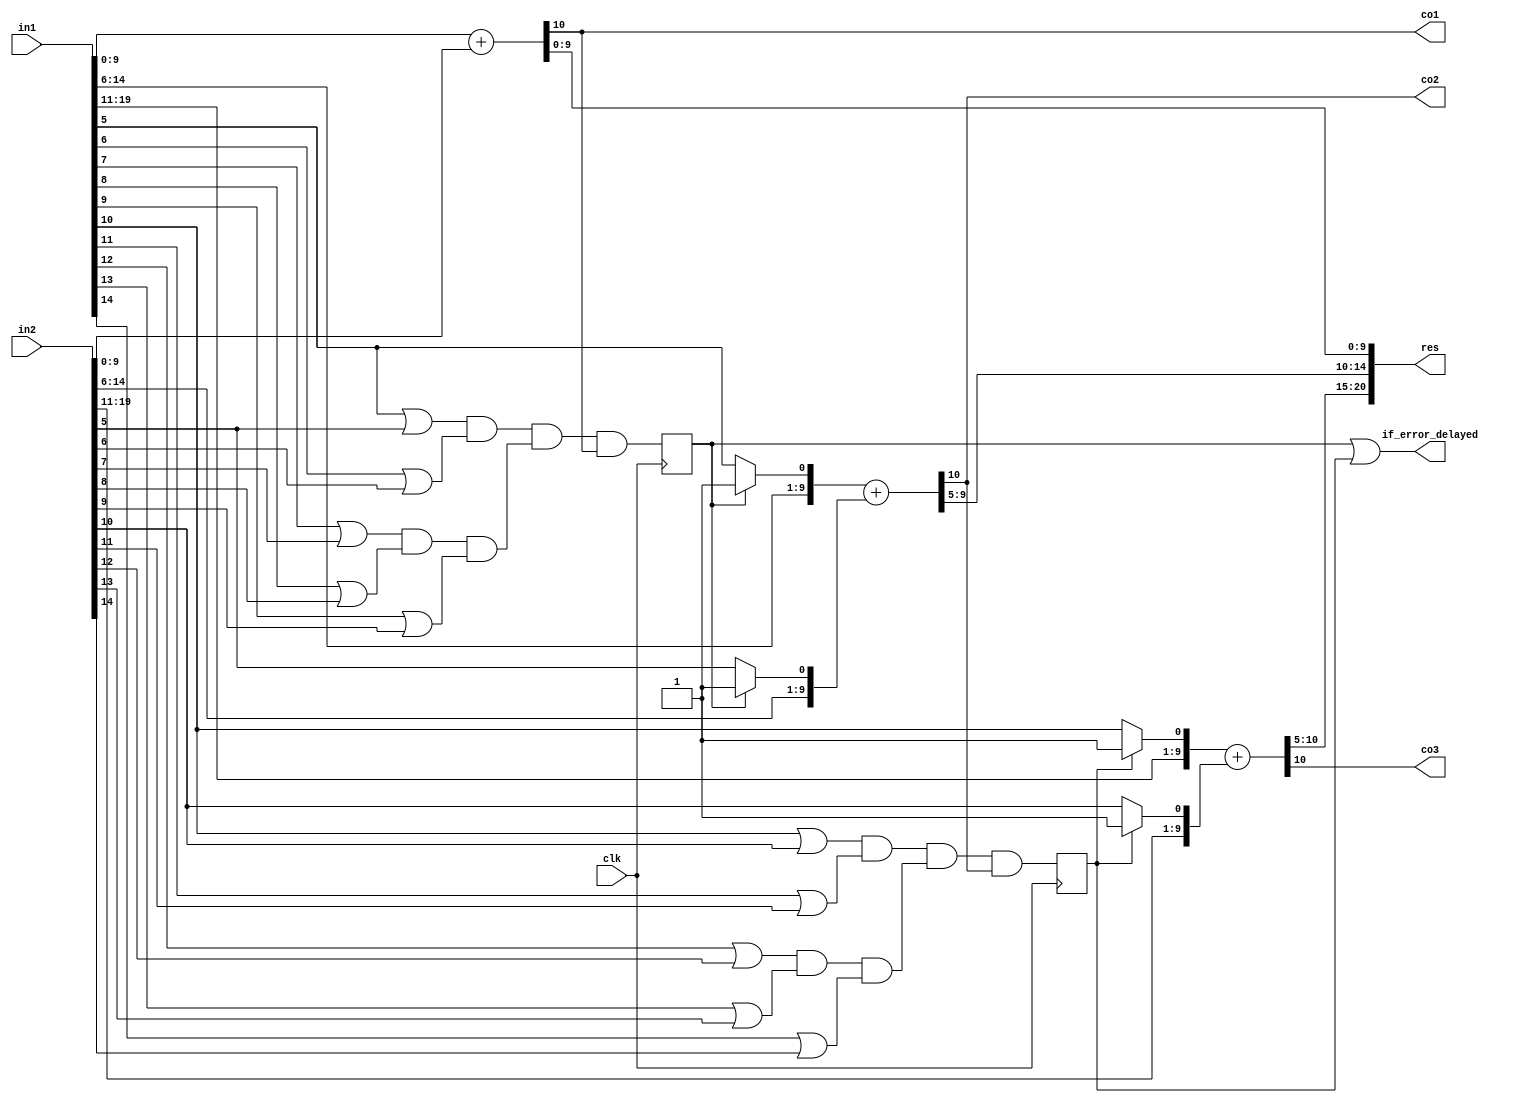
module GeAr_N20_R5_P5_with_recovery(
	input 		       clk,
    input  		[19:0] in1,
    input  		[19:0] in2,
    output reg  [20:0] res,
	output  		   if_error_delayed,
	output reg		   co1,
	output reg		   co2,
	output reg		   co3
    );

reg if_error_delayed_1, if_error_delayed_2;
wire cp2,cp3,if_error,if_error_1,if_error_2;
wire p5,p6,p7,p8,p9,p5p6,p7p8,p7p8p9;
wire p10,p11,p12,p13,p14,p10p11,p12p13,p12p13p14;
reg [9:0] sum1,sum2,sum3;
wire [9:0] in1c,in2c,in1cc,in2cc;

or  or_1 (p5,in1[5],in2[5]);
or  or_2 (p6,in1[6],in2[6]);
or  or_3 (p7,in1[7],in2[7]);
or  or_4 (p8,in1[8],in2[8]);
or  or_5 (p9,in1[9],in2[9]);
and and_1(p5p6,p5,p6);
and and_2(p7p8,p7,p8);
and and_3(p7p8p9,p7p8,p9);
and and_4(cp2,p5p6,p7p8p9); 
and and_5(if_error_1,cp2,co1);

always @ (posedge clk)
begin
	if_error_delayed_1 <= if_error_1;
end

or  or_6 (p10,in1[10],in2[10]);
or  or_7 (p11,in1[11],in2[11]);
or  or_8 (p12,in1[12],in2[12]);
or  or_9 (p13,in1[13],in2[13]);
or  or_10 (p14,in1[14],in2[14]);
and and_6(p10p11,p10,p11);
and and_7(p12p13,p12,p13);
and and_8(p12p13p14,p12p13,p14);
and and_9(cp3,p10p11,p12p13p14); 
and and_10(if_error_2,cp3,co2);

always @ (posedge clk)
begin
	if_error_delayed_2 <= if_error_2;
end	

or  or_11 (if_error_delayed,if_error_delayed_1,if_error_delayed_2);

assign in1c[9:0]  = {in1[14:6],if_error_delayed_1?1'b1:in1[5]};
assign in2c[9:0]  = {in2[14:6],if_error_delayed_1?1'b1:in2[5]};

assign in1cc[9:0] = {in1[19:11],if_error_delayed_2?1'b1:in1[10]};
assign in2cc[9:0] = {in2[19:11],if_error_delayed_2?1'b1:in2[10]};

always @ (*)
begin
	{co1,sum1[9:0]} 	= in1[ 9:0] + in2[ 9:0];
	{co2,sum2[9:0]} 	= in1c[9:0] + in2c[9:0];
	{co3,sum3[9:0]} 	= in1cc[9:0] + in2cc[9:0];
	res[20:0] 			= {co3,sum3[9:5],sum2[9:5],sum1[9:0]};
end

endmodule